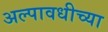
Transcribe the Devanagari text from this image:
अल्पावधीच्या